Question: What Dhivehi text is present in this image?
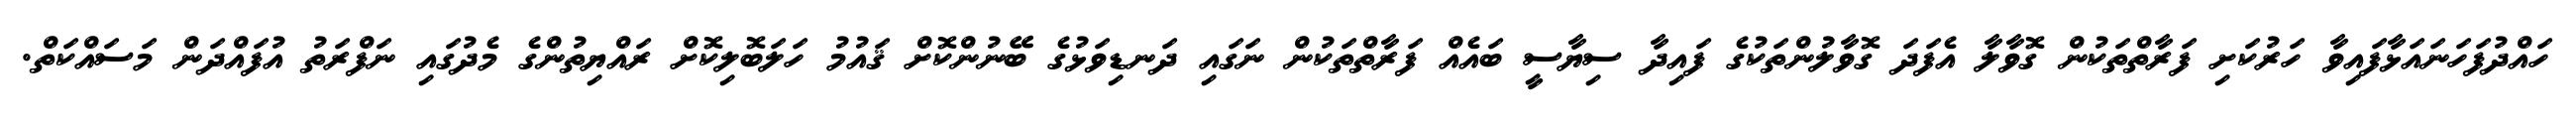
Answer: ހައްދުފަހަނައަޅާފައިވާ ހަރުކަށި ފަރާތްތަކުން ގޮވާލާ އެފަދަ ގޮވާލުންތަކުގެ ފައިދާ ސިޔާސީ ބައެއް ފަރާތްތަކުން ނަގައި ދަނޑިވަޅުގެ ބޭނުންކޮށް ޤައުމު ހަލަބޮލިކޮށް ރައްޔިތުންގެ މެދުގައި ނަފްރަތު އުފައްދަން މަސައްކަތް.